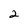
Character: 2